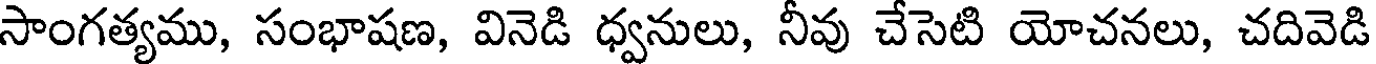
సాంగత్యము, సంభాషణ, వినెడి ధ్వనులు, నీవు చేసెటి యోచనలు, చదివెడి